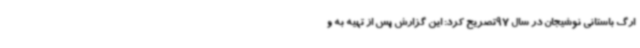
ارگ باستانی نوشیجان در سال 97تصریح کرد: این گزارش پس از تهیه به و